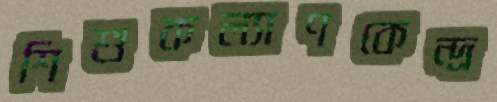
শিশুকল্যাণকেন্দ্র